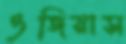
ওজিয়াস